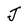
Character: J